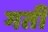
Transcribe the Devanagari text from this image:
गर्ती